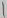
Text: 1